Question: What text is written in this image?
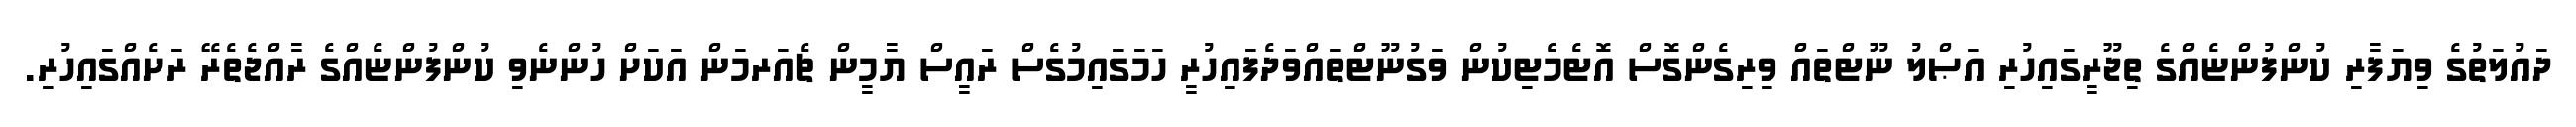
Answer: ދައުލަތުގެ ވިޔަފާރި ކުންފުންޏެއްގެ ތިޖޫރީގައިހުރި އަޞްލު ނޫޓްތައް ވިރިގެންގޮސް އޮޓެމެޓިކުން ވަގުނޫޓްތައްވަދެފައިހުރީ ހަމަގައިމުގެސް ރައީސް ޔާމީން ޗެއަރމަން އަކަށް ހުންނެވި ކުންފުންޏެއްގެ ރާއްޖެތެރޭ ރަށެއްގައިހުރި.